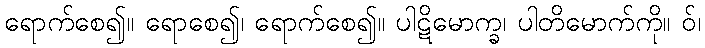
ရောက်စေ၍။ ရောစေ၍၊ ရောက်စေ၍။ ပါဋိမောက္ခ၊ ပါတိမောက်ကို။ ဝ်၊